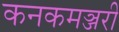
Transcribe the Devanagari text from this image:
कनकमञ्जरी